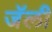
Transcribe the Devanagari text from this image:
जॅली